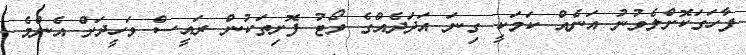
ފާހަގަކޮށްލެވުނު އަނެއް ކަމަކީ ގިނަ އަދަދެއްގެ ވޯޓު ފޮށިތަކުން ރައީސް ވަހީދަށް އެންމެ